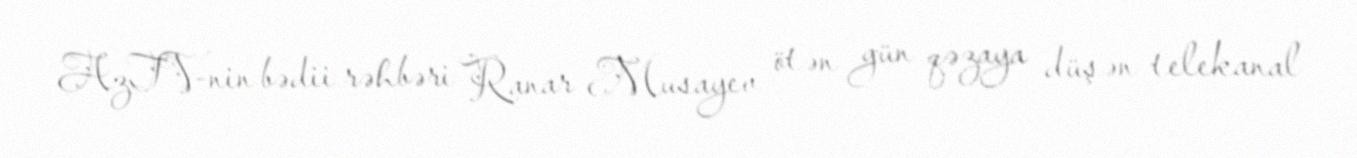
AzTV-nin bədii rəhbəri Ranar Musayev ötən gün qəzaya düşən telekanal